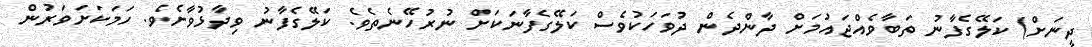
ދީނަށް) ކަލޭގެފާނު ތަބާވެއްޖައުމަށް ދާންދެން ދުވަހަކުވެސް ކަލޭގެފާނަކަށް ނުރުހޭނެތެވެ. ކަލޭގެފާނު ވިދާޅުވާށެވެ. ހަމަކަށަވަރުން